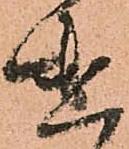
遣